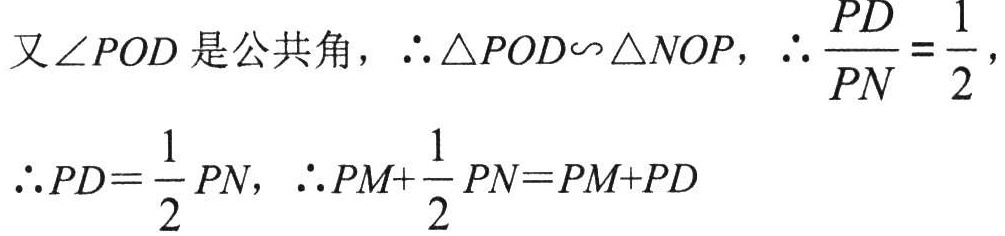
又\(\angle POD\)是公共角，\(\therefore \triangle POD\backsim\triangle NOP\)，\(\therefore \dfrac{PD}{PN}=\dfrac{1}{2}\)，
\(\therefore PD = \dfrac{1}{2}PN\)，\(\therefore PM+\dfrac{1}{2}PN=PM + PD\)